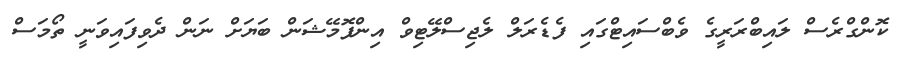
ކޮންގްރެސް ލައިބްރަރީގެ ވެބްސައިޓްގައި ފެޑެރަލް ލެޖިސްލޭޓިވް އިންފޮމޭޝަން ބަޔަށް ނަން ދެވިފައިވަނީ ތޯމަސް